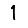
Digit: 1